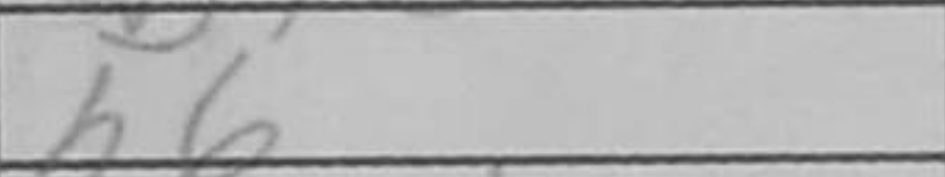
Transcription: h6